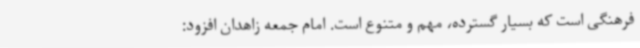
فرهنگی است که بسیار گسترده، مهم و متنوع است. امام جمعه زاهدان افزود: